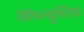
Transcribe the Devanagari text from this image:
पेरिपन्यूस्टिक